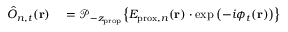
\begin{array} { r l } { \hat { O } _ { n , t } ( \mathbf { r } ) } & { { } = \mathcal { P } _ { - z _ { \mathrm { p r o p } } } \! \left\{ E _ { \mathrm { p r o x } , n } ( \mathbf { r } ) \cdot \exp \left( - i \phi _ { t } ( \mathbf { r } ) \right) \right\} } \end{array}